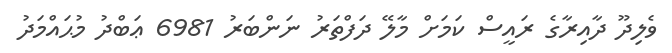
ވެލިދޫ ދާއިރާގެ ރައީސް ކަމަށް މާލޭ ދަފްތަރު ނަންބަރު 6981 ޢަބްދު މުޙައްމަދު